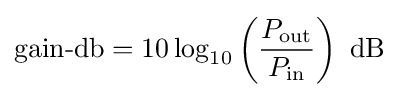
{\text{gain-db}}=10\log _{10}\left({\frac {P_{\text{out}}}{P_{\text{in}}}}\right)~{\text{dB}}